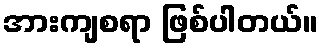
အားကျစရာ ဖြစ်ပါတယ်။